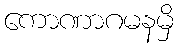
ကောဏာဂမနမှိ